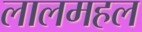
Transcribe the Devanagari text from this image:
लालमहल